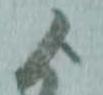
よ